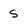
Character: s